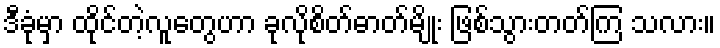
ဒီခုံမှာ ထိုင်တဲ့လူတွေဟာ ခုလိုစိတ်ဓာတ်မျိုး ဖြစ်သွားတတ်ကြ သလား။